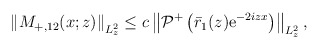
\begin{align*}\begin{aligned}\left\|M_{+,12}(x ; z)\right\|_{L_{ z}^{2}} \leq c \left\|\mathcal{P}^+\left(\bar{r}_1(z) \mathrm{e}^{-2iz x}\right)\right\|_{L_{z}^2},\end{aligned}\end{align*}